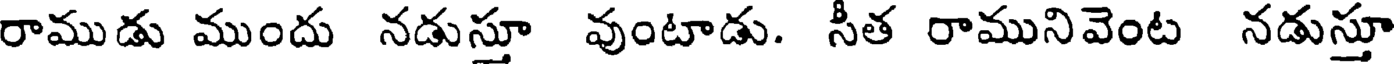
రాముడు ముందు నడుస్తూ వుంటాడు. సీత రామునివెంట నడుస్తూ